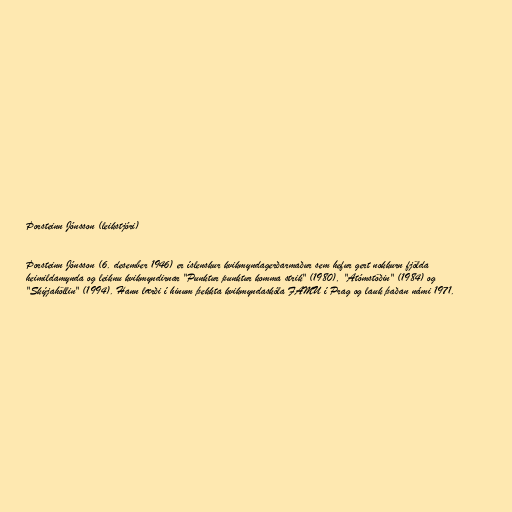
Þorsteinn Jónsson (leikstjóri)

Þorsteinn Jónsson (6. desember 1946) er íslenskur kvikmyndagerðarmaður sem hefur gert nokkurn fjölda
heimildamynda og leiknu kvikmyndirnar "Punktur punktur komma strik" (1980), "Atómstöðin" (1984) og
"Skýjahöllin" (1994). Hann lærði í hinum þekkta kvikmyndaskóla FAMU í Prag og lauk þaðan námi 1971.